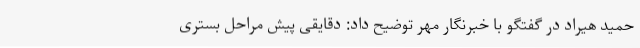
حمید هیراد در گفتگو با خبرنگار مهر توضیح داد: دقایقی پیش مراحل بستری